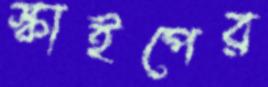
স্কাইপের